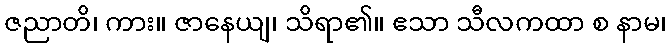
ဇညာတိ၊ ကား။ ဇာနေယျ၊ သိရာ၏။ ဧသာ သီလကထာ စ နာမ၊